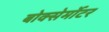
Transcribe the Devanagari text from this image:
बोक्सेर्मोटर